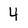
Character: 4